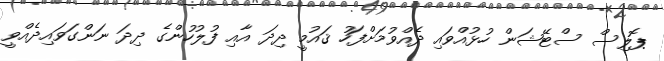
ޕޮލިސް ސްޓޭޝަން ހުޅުއްވައި ދެއްވުމަށްފަހު ޤައުމީ ދިދަ އާއި ފުލުހުންގެ ދިދަ ނަންގަވައިދެއްވީ